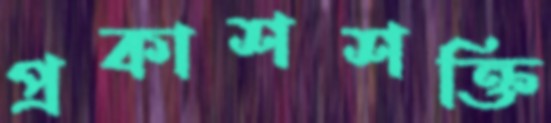
প্রকাশশক্তি